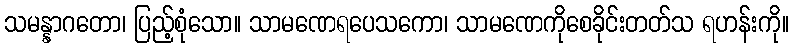
သမန္နာဂတော၊ ပြည့်စုံသော။ သာမဏေရပေသကော၊ သာမဏေကိုစေခိုင်းတတ်သ ရဟန်းကို။